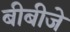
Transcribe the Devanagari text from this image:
बीबीजे